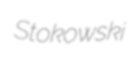
Stokowski